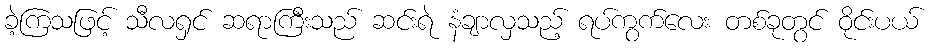
ခဲ့ကြသဖြင့် သီလရှင် ဆရာကြီးသည် ဆင်းရဲ နံချာလှသည့် ရပ်ကွက်လေး တစ်ခုတွင် ဝိုင်းပယ်